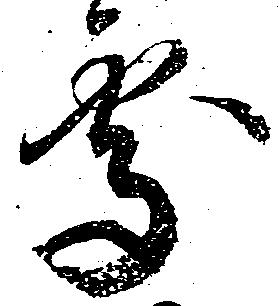
処